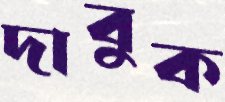
দাবুক